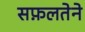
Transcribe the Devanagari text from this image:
सफ़लतेने